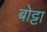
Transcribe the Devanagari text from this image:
बोट्टा